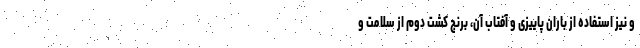
و نیز استفاده از باران پاییزی و آفتاب آن، برنج کشت دوم از سلامت و